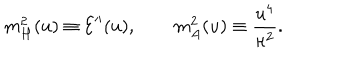
LaTeX: m _ { H } ^ { 2 } ( u ) \equiv { \cal E } ^ { \prime \prime } ( u ) , \qquad m _ { A } ^ { 2 } ( u ) \equiv \frac { u ^ { 4 } } { \kappa ^ { 2 } } .